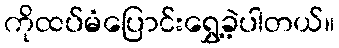
ကိုထပ်မံပြောင်းရွှေ့ခဲ့ပါတယ်။